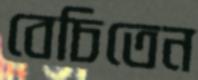
বেচিতেন